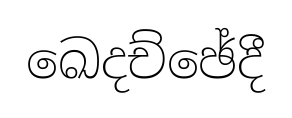
ඛෙදච්ඡේදී